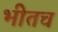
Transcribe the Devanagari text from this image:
भीतच